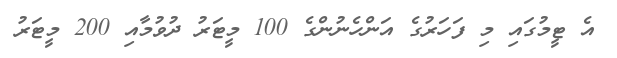
އެ ޓީމުގައި މި ފަހަރުގެ އަންހެނުންގެ 100 މީޓަރު ދުވުމާއި 200 މީޓަރު